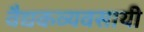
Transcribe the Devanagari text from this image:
वैद्यकव्यवसायी